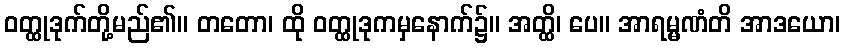
ဝတ္ထုဒုက်တို့မည်၏။ တတော၊ ထို ဝတ္ထုဒုကမှနောက်၌။ အတ္ထိ၊ ပေ။ အာရမ္မဏံတိ အာဒယော၊